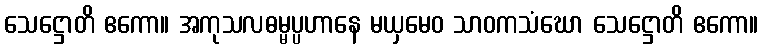
သေဋ္ဌောတိ ဧကော။ အကုသလဓမ္မပ္ပဟာနေ မယှမေဝ သာဝကသံဃော သေဋ္ဌောတိ ဧကော။